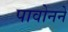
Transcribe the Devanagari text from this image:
पावोनने